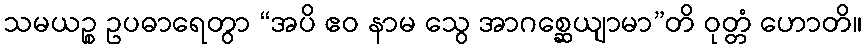
သမယဉ္စ ဥပဓာရေတွာ “အပိ ဧဝ နာမ သွေ အာဂစ္ဆေယျာမာ”တိ ဝုတ္တံ ဟောတိ။